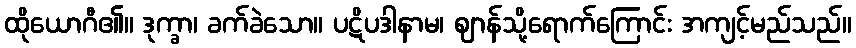
ထိုယောဂီ၏။ ဒုက္ခာ၊ ခက်ခဲသော။ ပဋိပဒါနာမ၊ ဈာန်သို့ရောက်ကြောင်း အကျင့်မည်သည်။